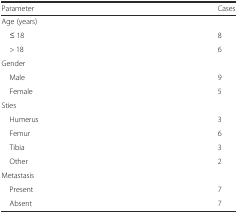
| Parameter | Cases |
 | --- | --- |
 | <COLSPAN=2> Age (years) |
 | ≤ 18 | 8 |
 | > 18 | 6 |
 | <COLSPAN=2> Gender |
 | Male | 9 |
 | Female | 5 |
 | <COLSPAN=2> Sties |
 | Humerus | 3 |
 | Femur | 6 |
 | Tibia | 3 |
 | Other | 2 |
 | <COLSPAN=2> Metastasis |
 | Present | 7 |
 | Absent | 7 |